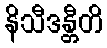
နိသီဒန္တီတိ